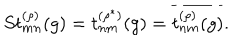
S t _ { m n } ^ { ( \rho ) } ( g ) = t _ { n m } ^ { ( \rho ^ { \ast } ) } ( g ) = \overline { { { t _ { n m } ^ { ( \rho ) } ( g ) } } } .